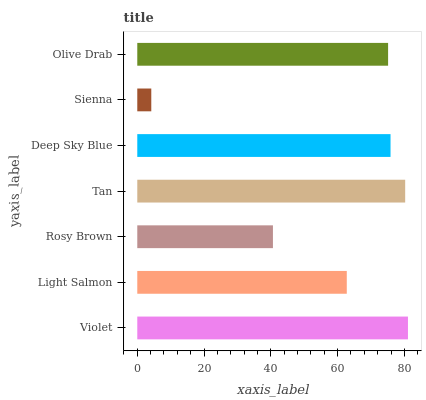
| yaxis_label | bars |
 | --- | --- |
 | Violet | 81.1 |
 | Light Salmon | 62.8 |
 | Rosy Brown | 40.6 |
 | Tan | 80.2 |
 | Deep Sky Blue | 75.9 |
 | Sienna | 4.2 |
 | Olive Drab | 75.1 |